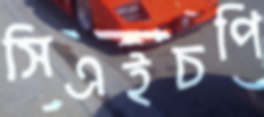
সিএইচপি